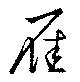
雁